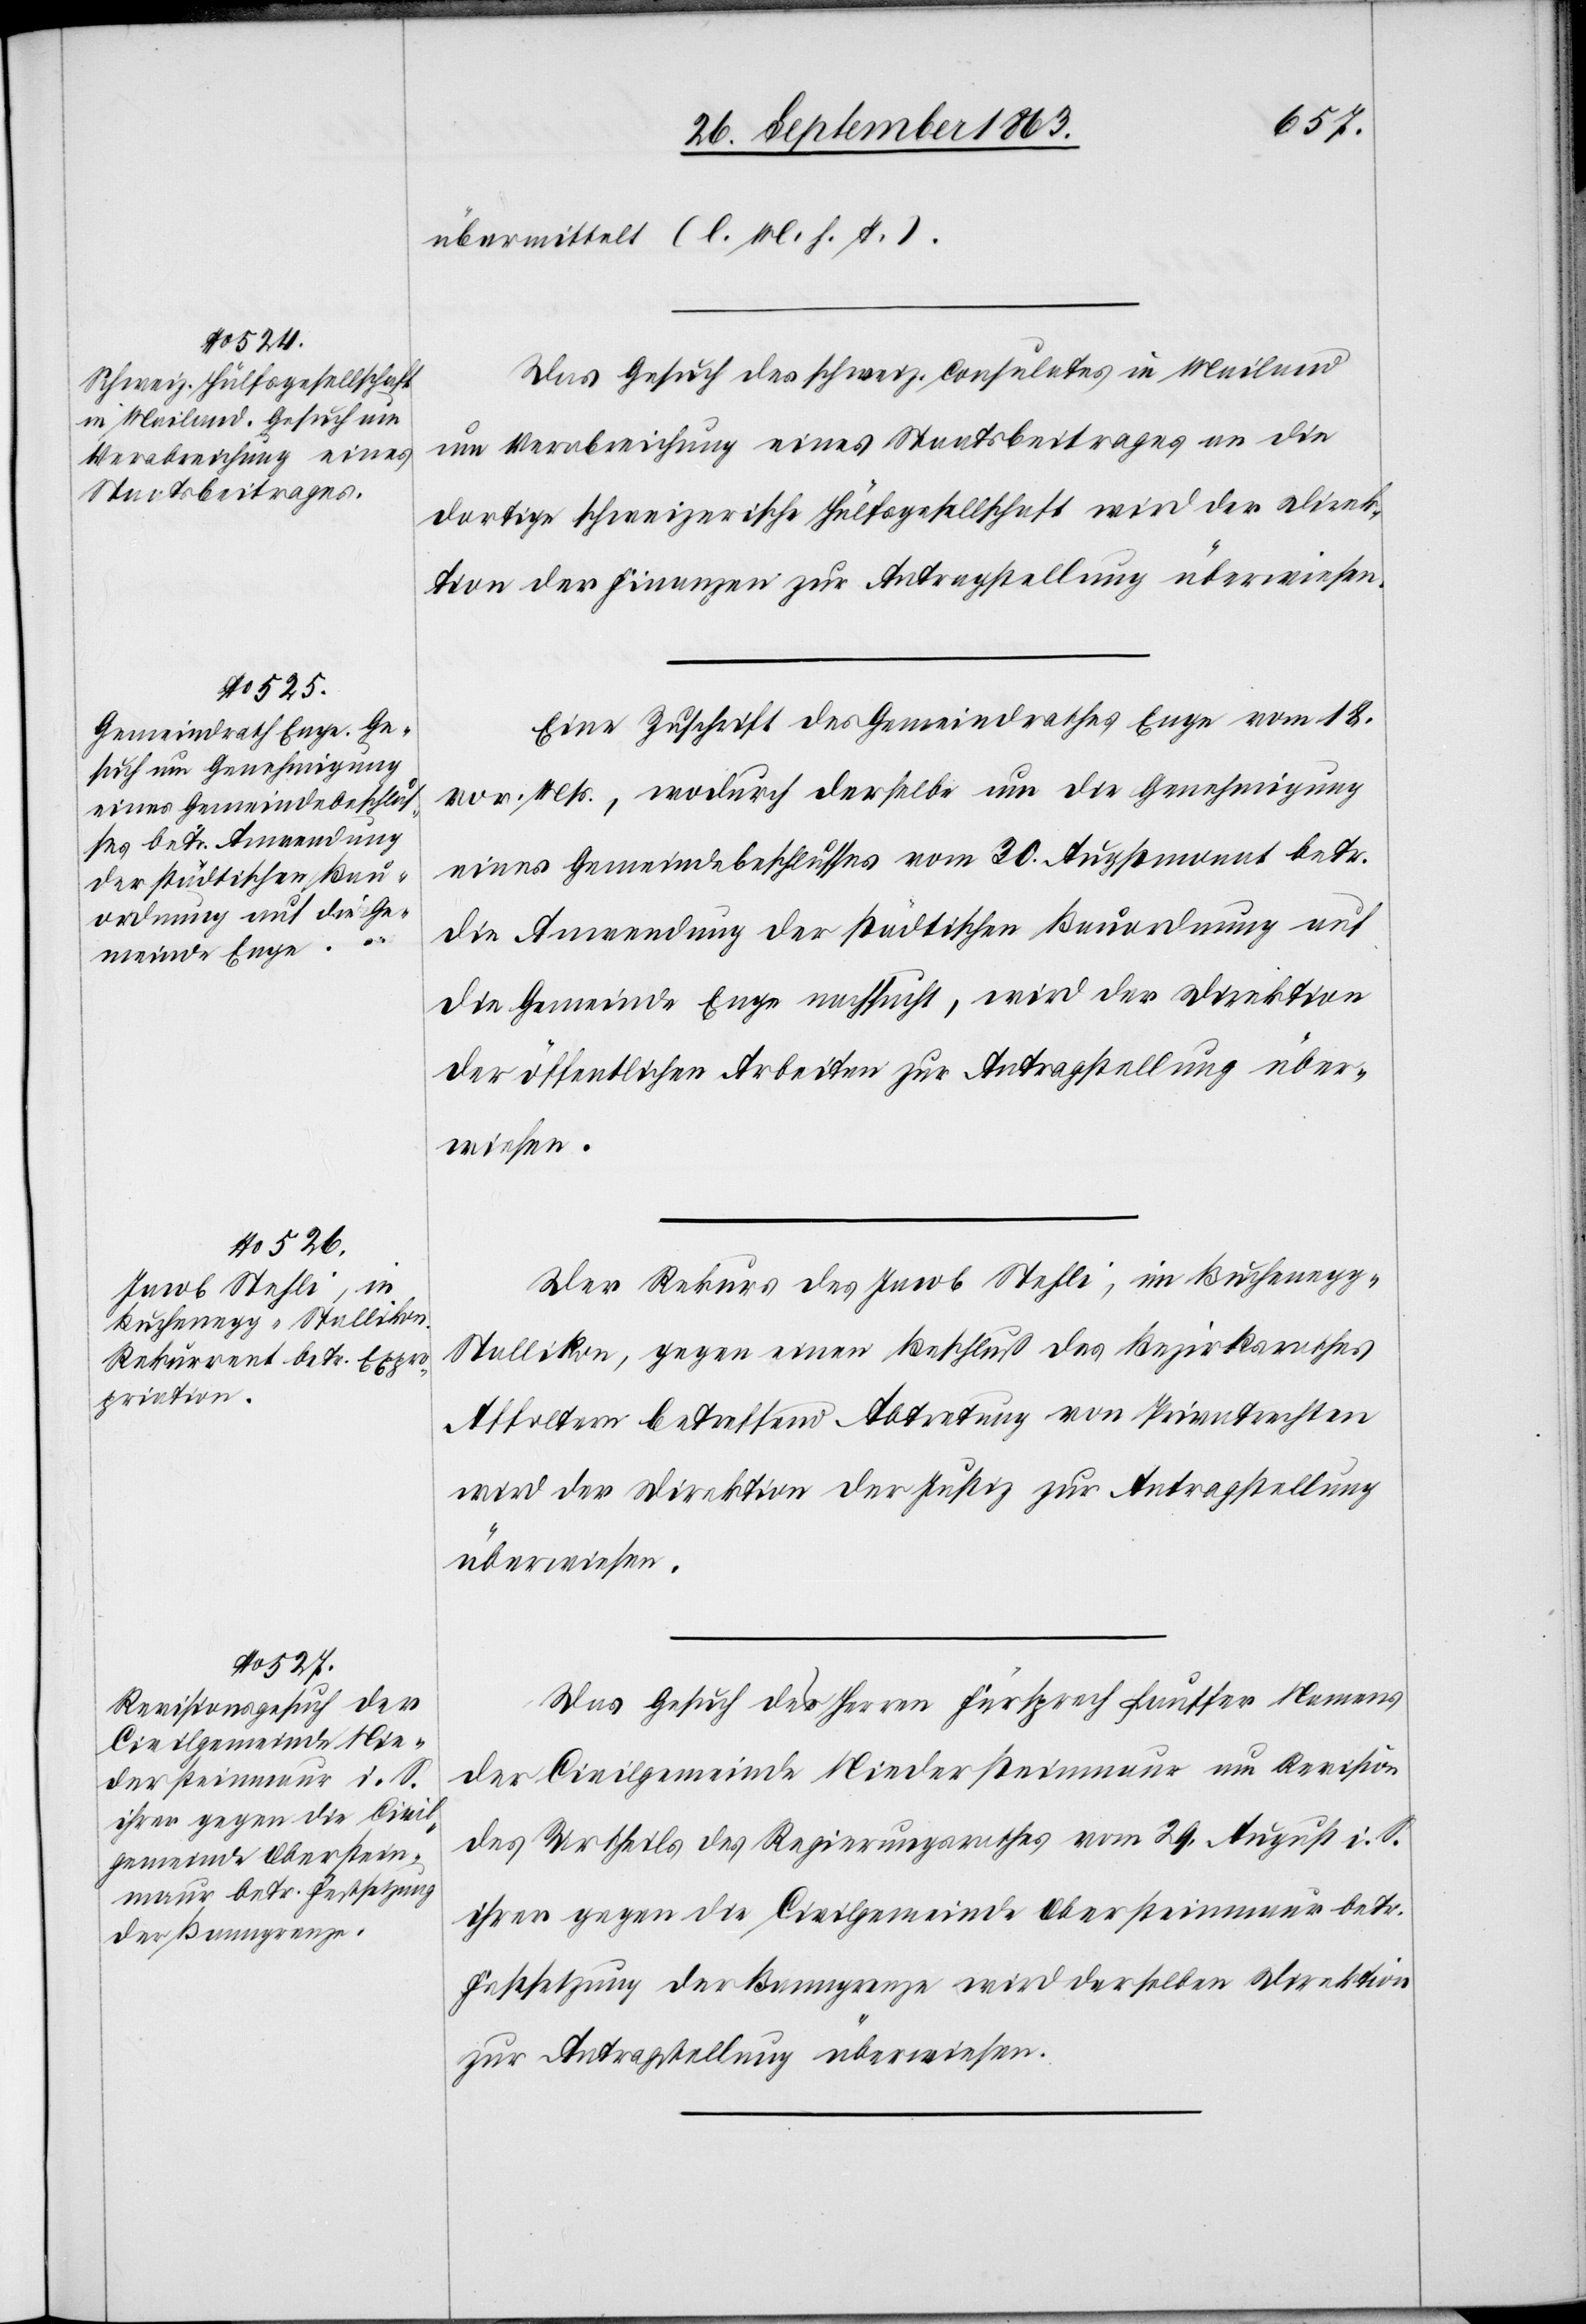
1863.]

übermittelt (l. M. h. T.).
Das Gesuch des schweiz. Consulates in Mailand
um Verabreichung eines Staatsbeitrages an die
dortige schweizerische Hülfsgesellschaft wird der Direk¬
tion der Finanzen zur Antragstellung überwiesen.
Eine Zuschrift des Gemeindrathes Enge vom 18.
vor. Mts., wodurch derselbe um die Genehmigung
eines Gemeindebeschlusses vom 30. Augstmonat betr.
die Anwendung der städtischen Bauordnung auf
die Gemeinde Enge nachsucht, wird der Direktion
der öffentlichen Arbeiten zur Antragstellung über¬
wiesen.
Der Rekurs des Jacob Stehli, im Bucheneg¬
g-Stallikon, gegen einen Beschluß des Bezirksrathes
Affoltern betreffend Abtretung von Privatrechten
wird der Direktion der Justiz zur Antragstellung
überwiesen.
Das Gesuch der Herren Fürsprech Lauffer Namens
der Civilgemeinde Niedersteinmaur um Revision
des Urtheils des Regierungsrathes vom 29. August i. S.
ihrer gegen die Civilgemeinde Obersteinmaur betr.
Festsetzung der Banngrenze wird derselben Direktion
zur Antragstellung überwiesen.